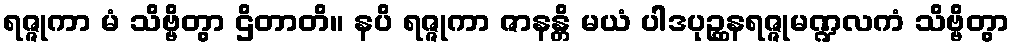
ရဇ္ဇုကာ မံ သိဗ္ဗိတွာ ဌိတာတိ။ နပိ ရဇ္ဇုကာ ဇာနန္တိ မယံ ပါဒပုဉ္ဆနရဇ္ဇုမဏ္ဍလကံ သိဗ္ဗိတွာ